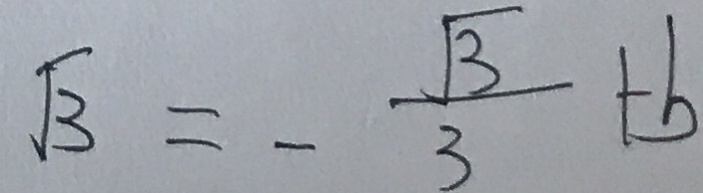
\sqrt { 3 } = - \frac { \sqrt { 3 } } { 3 } + b